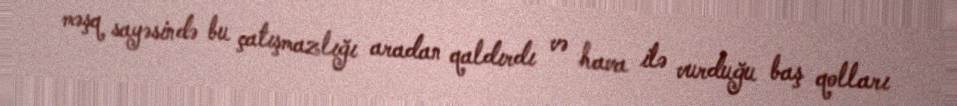
məşq sayəsində bu çatışmazlığı aradan qaldırdı və hava ilə vurduğu baş qolları